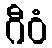
ဂီဝံ